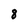
Character: 8